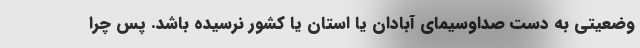
وضعیتی به دست صداوسیمای آبادان یا استان یا کشور نرسیده باشد. پس چرا